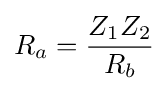
R_{a}={\frac {Z_{1}Z_{2}}{R_{b}}}